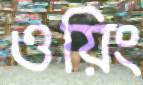
ওয়িং